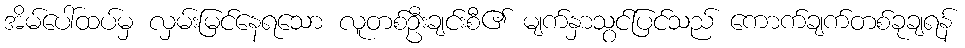
အိမ်ပေါ်ထပ်မှ လှမ်းမြင်နေရသော လူတစ်ဦးချင်းစီ၏ မျက်နှာသွင်ပြင်သည် ကောက်ချက်တစ်ခုချရန်